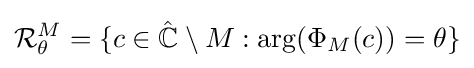
{\mathcal {R}}_{\theta }^{M}=\{c\in \mathbb {\hat {C}} \setminus M:\arg(\Phi _{M}(c))=\theta \}